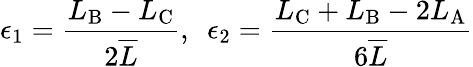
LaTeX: \epsilon_{1}=\frac{L_{\mathrm{B}}-L_{\mathrm{C}}}{2\overline{{L}}},\ \ \epsilon_{2}=\frac{L_{\mathrm{C}}+L_{\mathrm{B}}-2L_{\mathrm{A}}}{6\overline{{L}}}